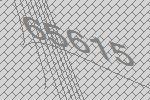
65615